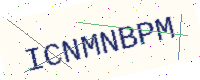
Text: ICNMNBPM